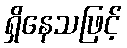
ရှိနေသဖြင့်